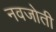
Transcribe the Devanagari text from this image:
नवजोती